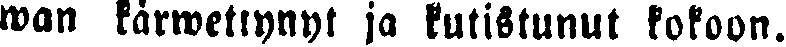
wan kärwettynyt ja kutistunut kokoon.